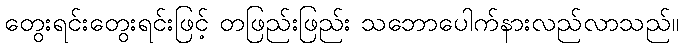
တွေးရင်းတွေးရင်းဖြင့် တဖြည်းဖြည်း သဘောပေါက်နားလည်လာသည်။